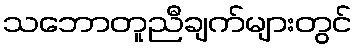
သဘောတူညီချက်များတွင်